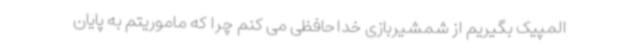
المپیک بگیریم از شمشیربازی خداحافظی می کنم چرا که ماموریتم به پایان